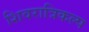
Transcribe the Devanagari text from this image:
शिवरात्रिकल्प